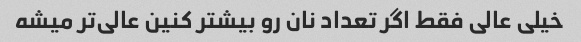
خیلی عالی فقط اگر تعداد نان رو بیشتر کنین عالی‌تر میشه